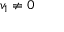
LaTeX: \textstyle v _ { 1 } \neq 0